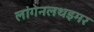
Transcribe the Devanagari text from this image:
लांगेनलथइमर